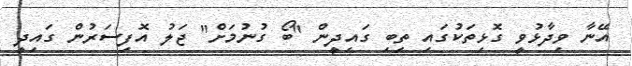
އޭނާ ވިދާޅުވީ ގޮޅިތަކުގައި ތިބި ގައިދީން "ބޯ ގުނުމަށް" ޖަލު އޮފިސަރުން ގައިދީ